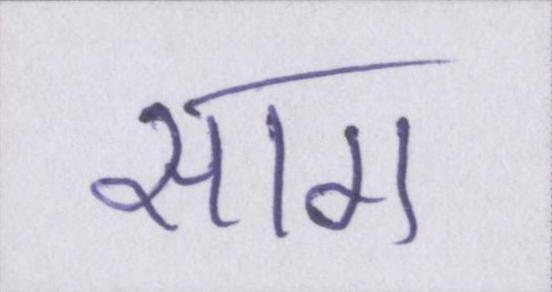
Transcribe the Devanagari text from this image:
साग